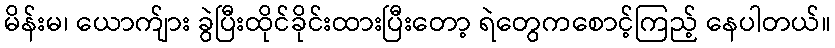
မိန်းမ၊ ယောက်ျား ခွဲပြီးထိုင်ခိုင်းထားပြီးတော့ ရဲတွေကစောင့်ကြည့် နေပါတယ်။